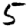
Digit: 5